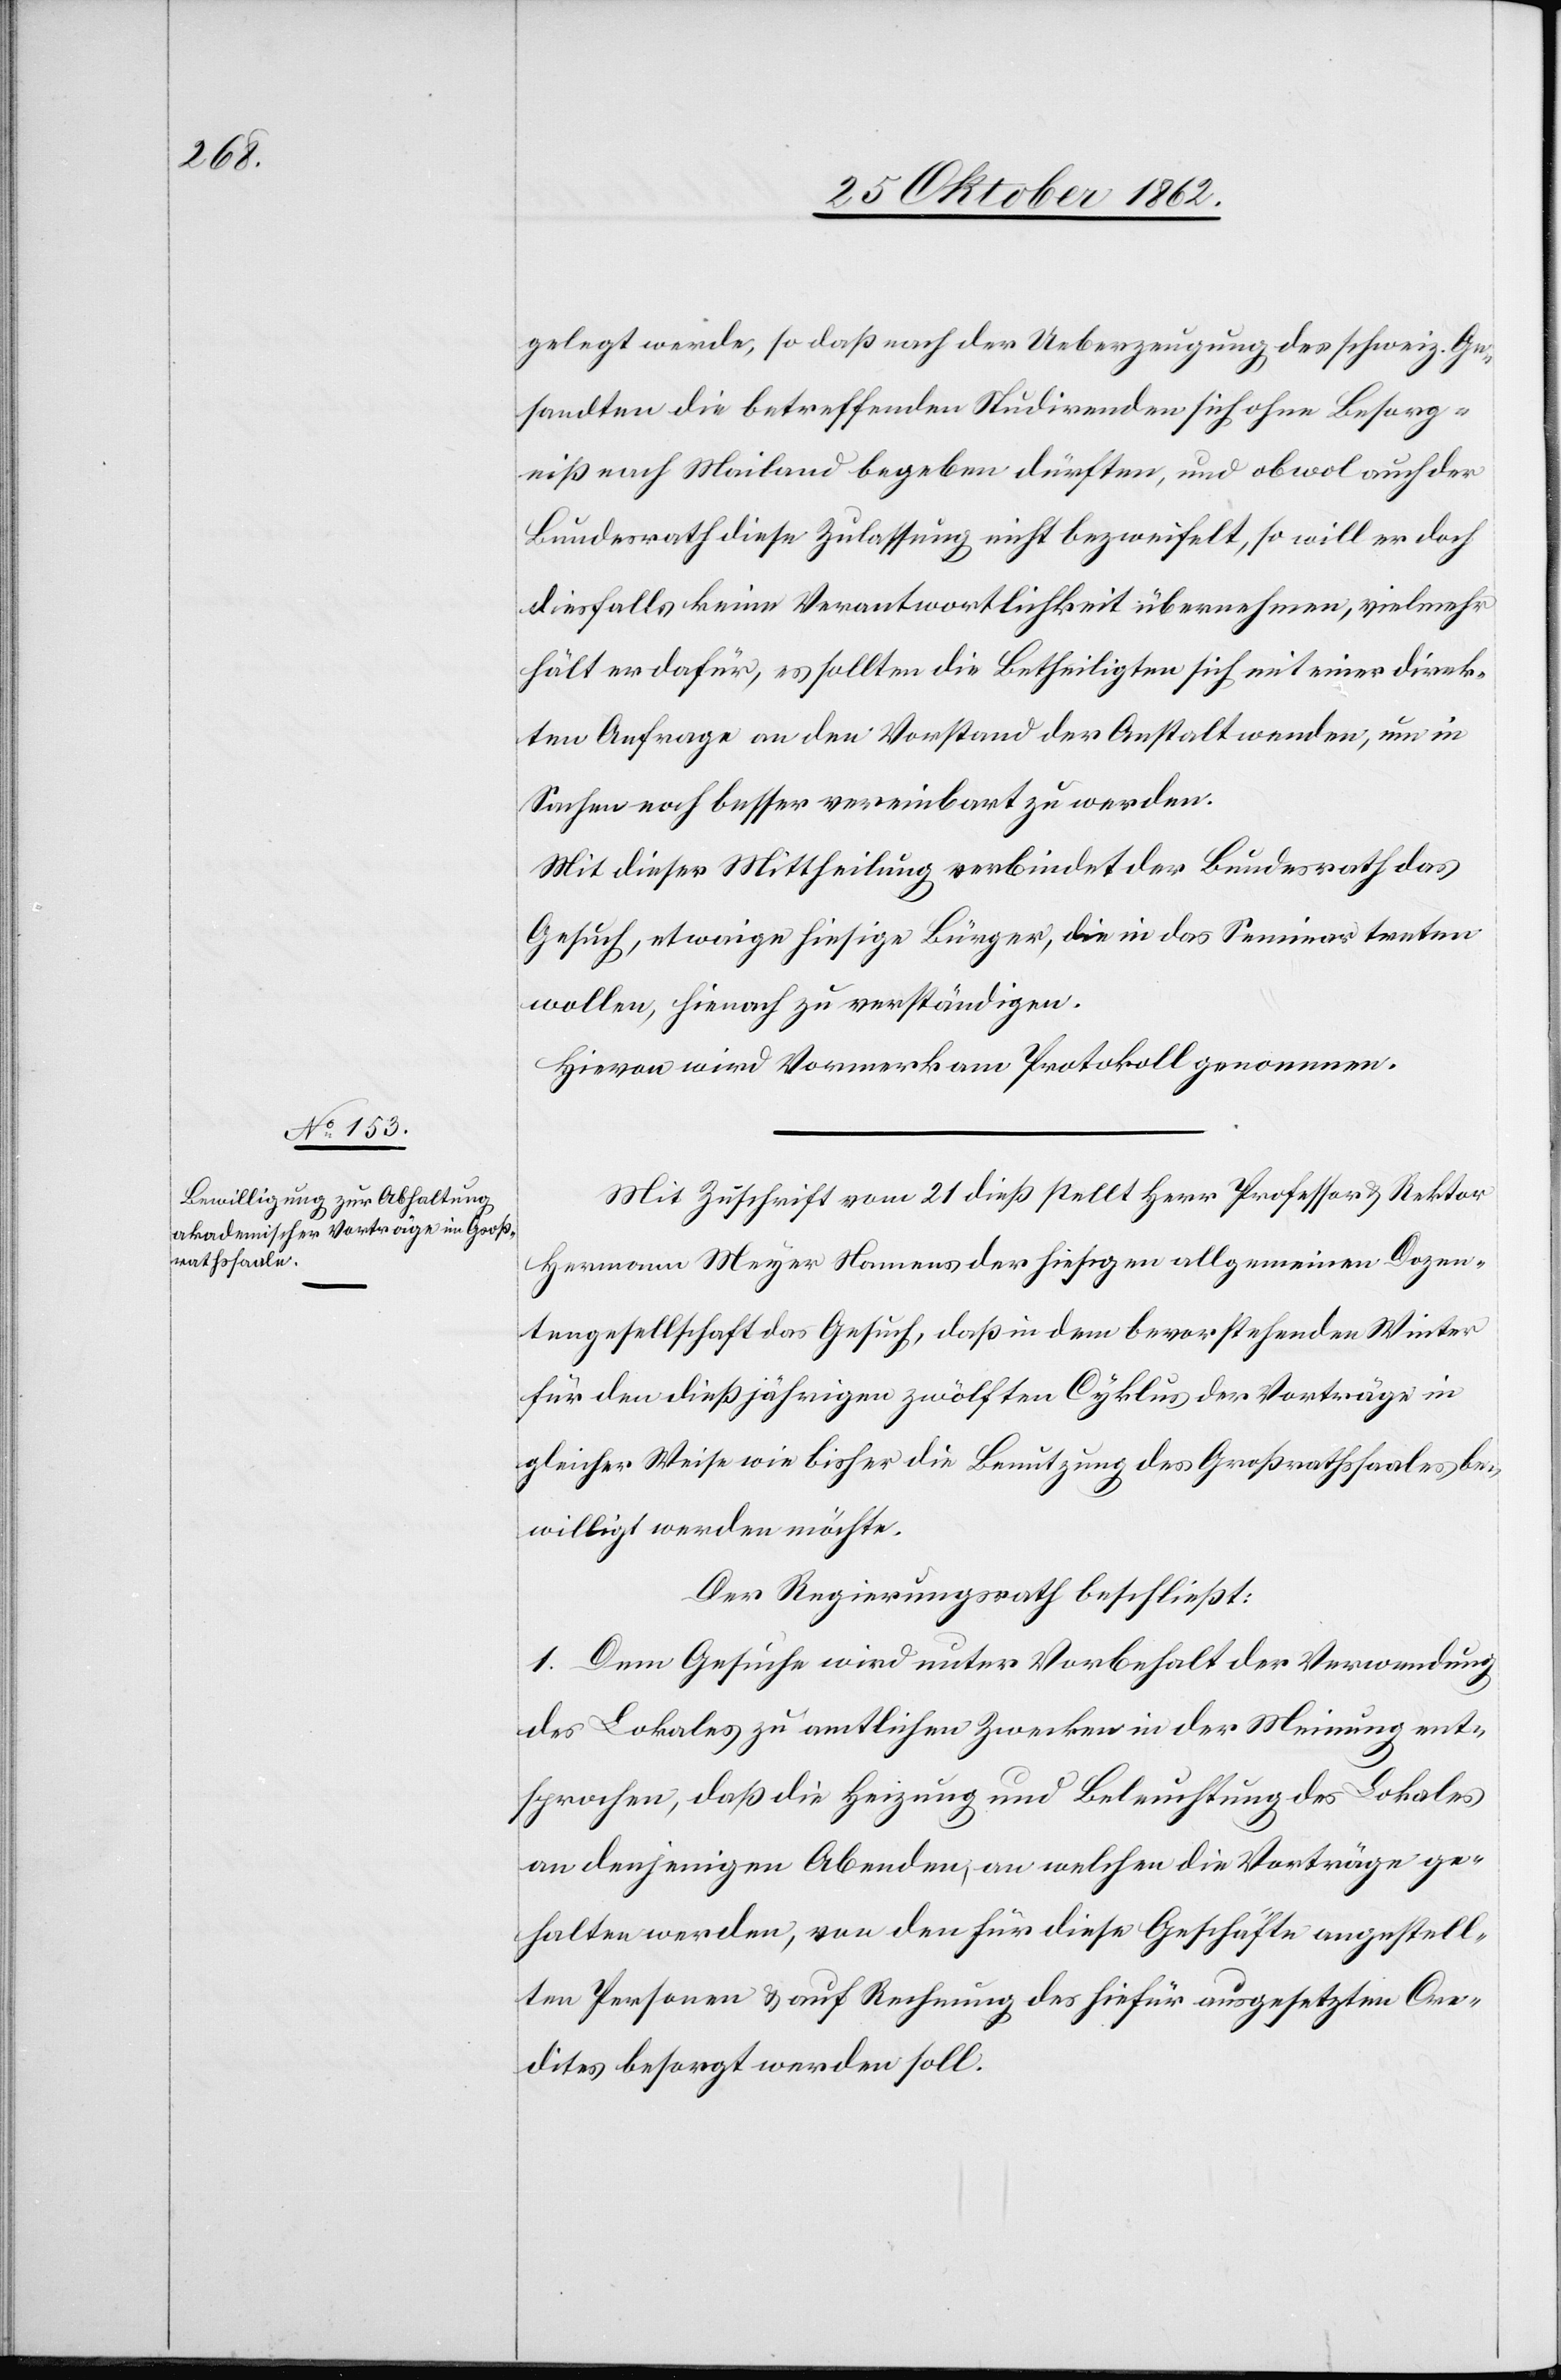
gelegt werde, so daß nach der Ueberzeugung des schweiz. Ge¬
sandten die betreffenden Studirenden sich ohne Besorg¬
niß nach Mailand begeben dürften, und obwol auch der
Bundesrath diese Zulassung nicht bezweifelt, so will er doch
diesfalls keine Verantwortlichkeit übernehmen, vielmehr
hält er dafür, es sollten die Betheiligten sich mit einer direk¬
ten Anfrage an den Vorstand der Anstalt wenden, um in
Sachen noch besser vereinbart zu werden.
Mit dieser Mittheilung verbindet der Bundesrath das
Gesuch, etwaige hiesige Bürger, die in das Seminar treten
wollen, hienoch zu verständigen.
Hievon wird Vormerken am Protokoll genommen.
Mit Zuschrift vom 21. dieß stellt Herr Professor u. Rektor
Hermann Meyer Namens der hiesigen allgemeinen Dozen¬
tengesellschaft das Gesuch, das in dem bevorstehenden Winter
für den dießjährigen zwölften Cyklus der Verträge in
gleicher Weise wie bisher in Benutzung des Großrathssaales be¬
willigt werden möchte.
Der Regierungsrath beschließt:
1. Dem Gesuche wird unter Vorbehalt der Verwendung
des Lokales zu amtlichen Zwecken in der Meinung ent¬
sprochen, daß die Heizung und Beleuchtung des Lokales
an denjenigen Abenden, an welchen die Vorträge ge¬
halten werden, von den für diese Geschäfte angestell¬
ten Personen u. auf Rechnung des hiefür ausgesetzten Cre¬
dites besorgt werden soll.